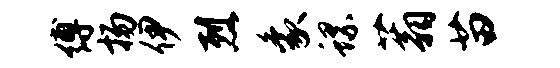
缚扬伊烈象螺蓊苗